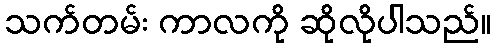
သက်တမ်း ကာလကို ဆိုလိုပါသည်။